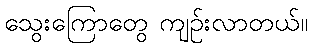
သွေးကြောတွေ ကျဉ်းလာတယ်။